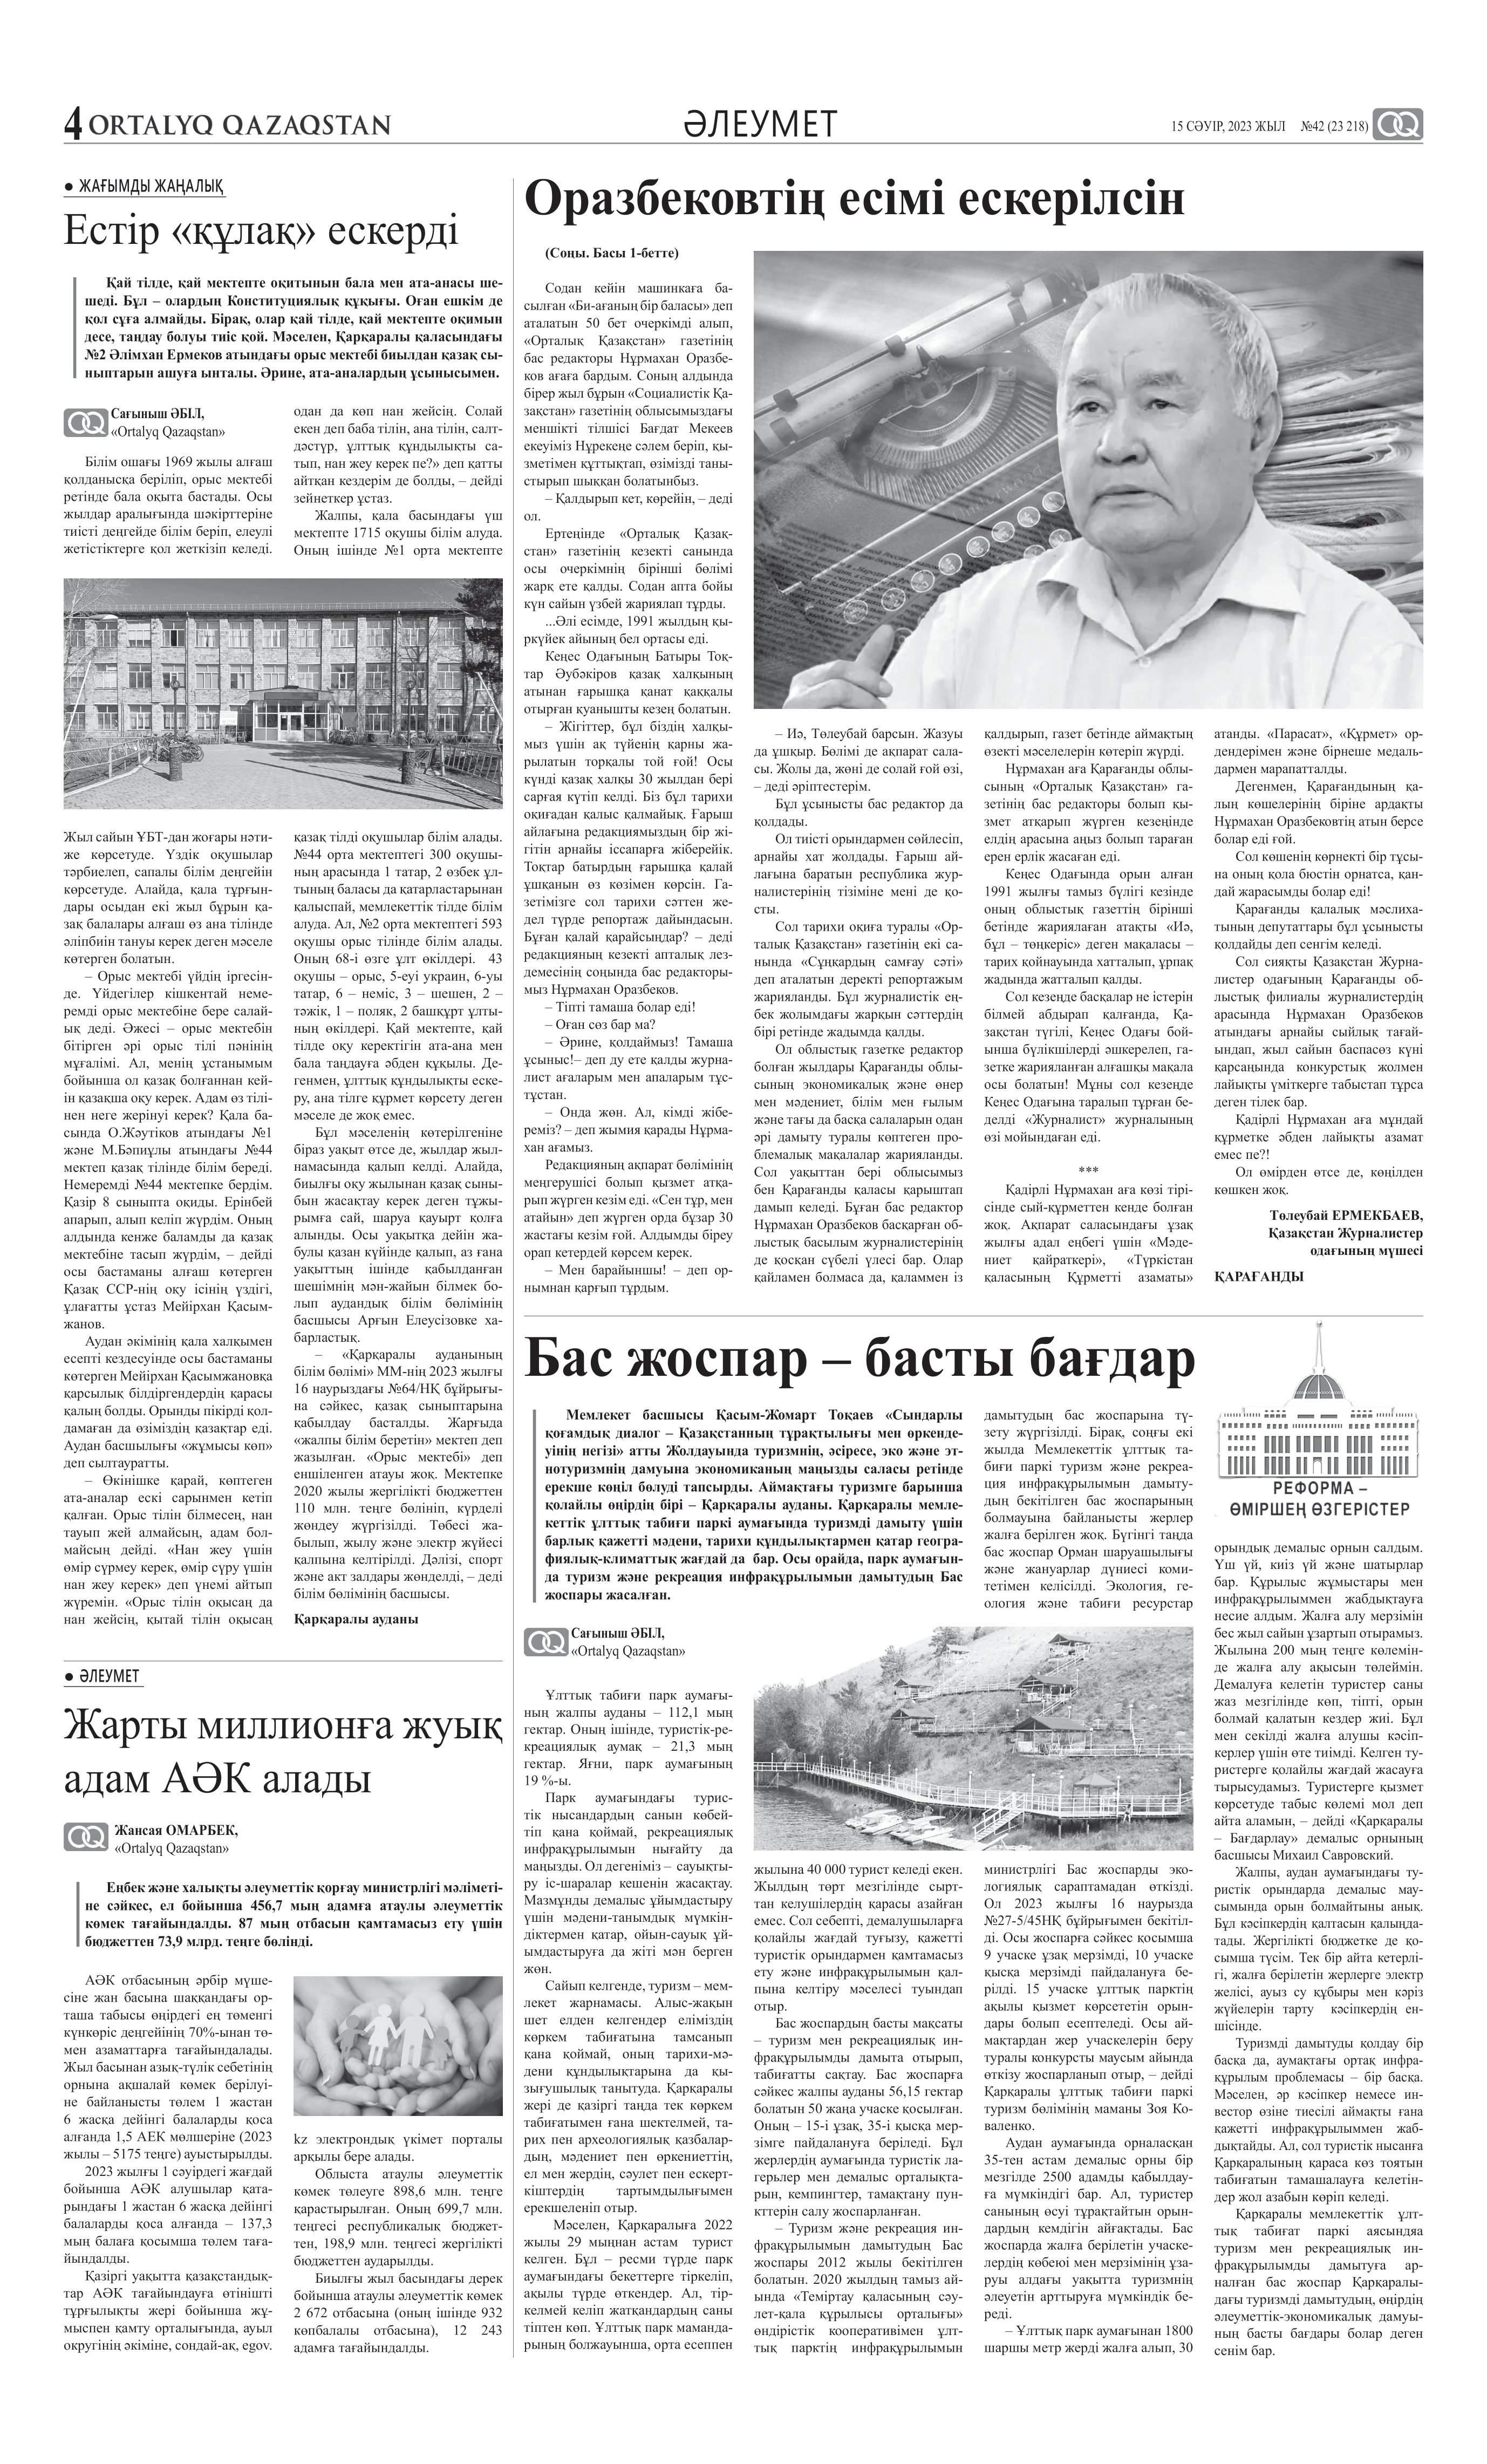
Language: kk